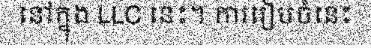
នៅក្នុង LLC នេះ។ ការរៀបចំនេះ